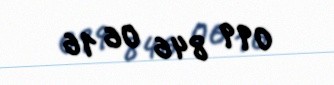
099 846 06 16